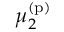
\mu _ { 2 } ^ { \mathrm { ( p ) } }